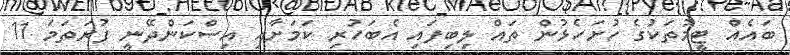
ބައެއް ޓީމުތަކުގެ ހުށަހެޅުން ތައް ލިބިފައި އެބަހުރި ކަމަށާއި އިސްކަންދޭނީ ފުރަތަމަ 11